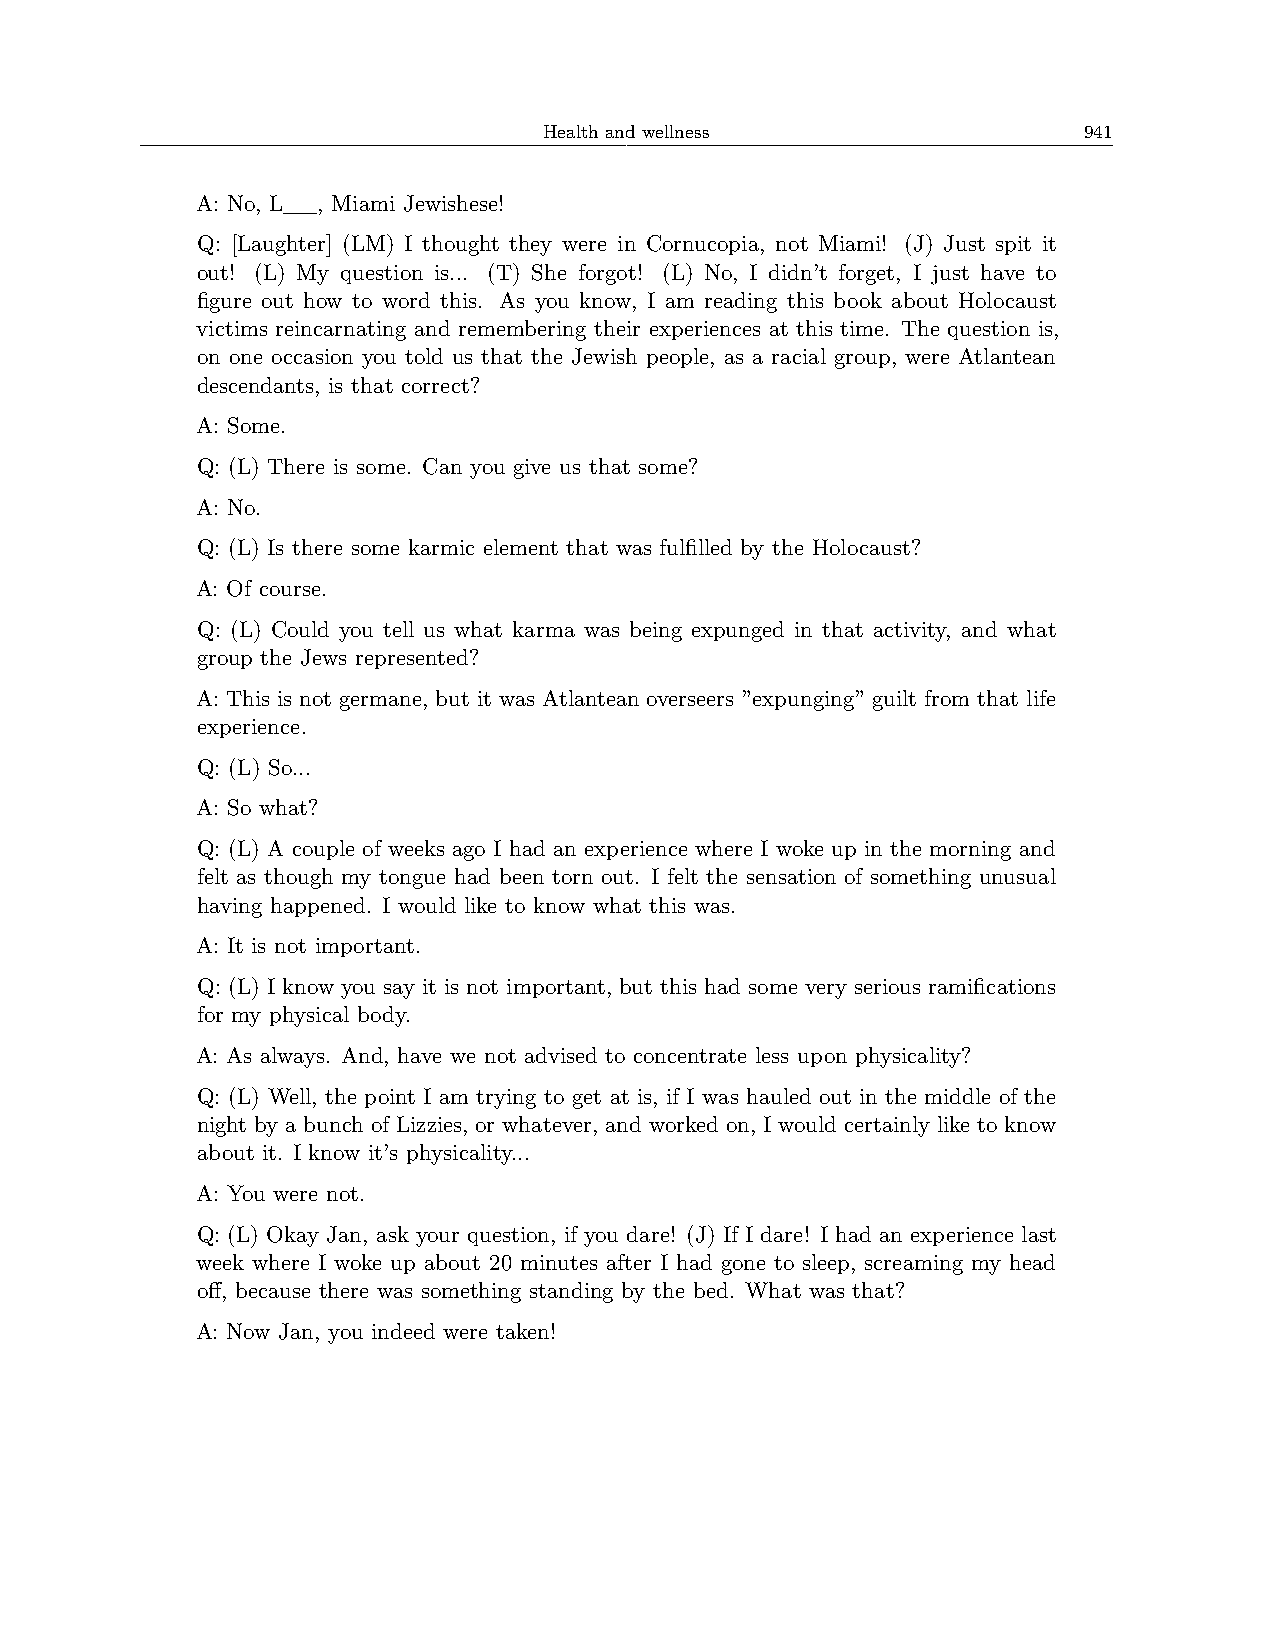
Health and wellness                 941
 A: No, L__, Miami Jewishese!
 Q: [Laughter] (LM) I thought they were in Cornucopia, not Miami! (J) Just spit it
 out! (L) My question is... (T) She forgot! (L) No, I didn’t forget, I just have to
 figure out how to word this. As you know, I am reading this book about Holocaust
 victims reincarnating and remembering their experiences at this time. The question is,
 on one occasion you told us that the Jewish people, as a racial group, were Atlantean
 descendants, is that correct?
 A: Some.
 Q: (L) There is some. Can you give us that some?
 A: No.
 Q: (L) Is there some karmic element that was fulfilled by the Holocaust?
 A: Of course.
 Q: (L) Could you tell us what karma was being expunged in that activity, and what
 group the Jews represented?
 A: This is not germane, but it was Atlantean overseers ”expunging” guilt from that life
 experience.
 Q: (L) So...
 A: So what?
 Q: (L) A couple of weeks ago I had an experience where I woke up in the morning and
 felt as though my tongue had been torn out. I felt the sensation of something unusual
 having happened. I would like to know what this was.
 A: It is not important.
 Q: (L) I know you say it is not important, but this had some very serious ramifications
 for my physical body.
 A: As always. And, have we not advised to concentrate less upon physicality?
 Q: (L) Well, the point I am trying to get at is, if I was hauled out in the middle of the
 night by a bunch of Lizzies, or whatever, and worked on, I would certainly like to know
 about it. I know it’s physicality...
 A: You were not.
 Q: (L) Okay Jan, ask your question, if you dare! (J) If I dare! I had an experience last
 week where I woke up about 20 minutes after I had gone to sleep, screaming my head
 off, because there was something standing by the bed. What was that?
 A: Now Jan, you indeed were taken!